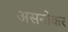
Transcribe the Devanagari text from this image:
असनोकर